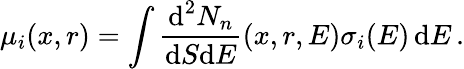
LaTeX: \mu_{i}(x,r)=\int\frac{\textup d^{2}N_{n}}{\textup dS\textup dE}(x,r,E)\sigma_{i}(E)\, \textup dE\, .